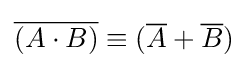
{\overline {(A\cdot B)}}\equiv ({\overline {A}}+{\overline {B}})